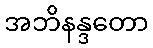
အဘိနန္ဒတော